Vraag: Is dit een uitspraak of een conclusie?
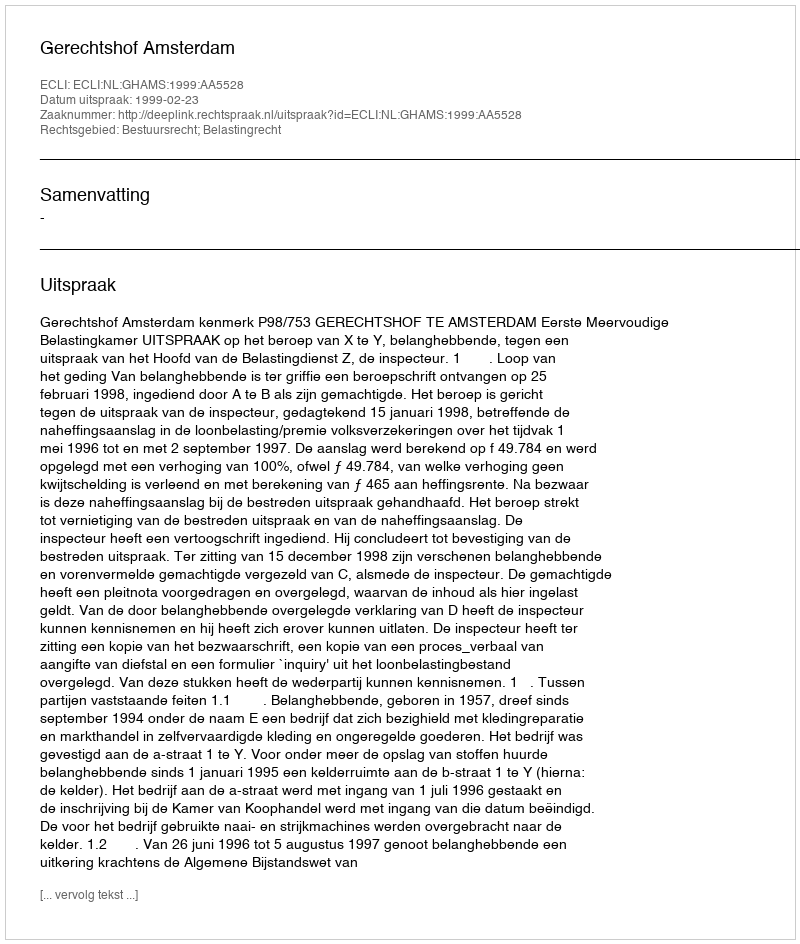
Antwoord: Uitspraak